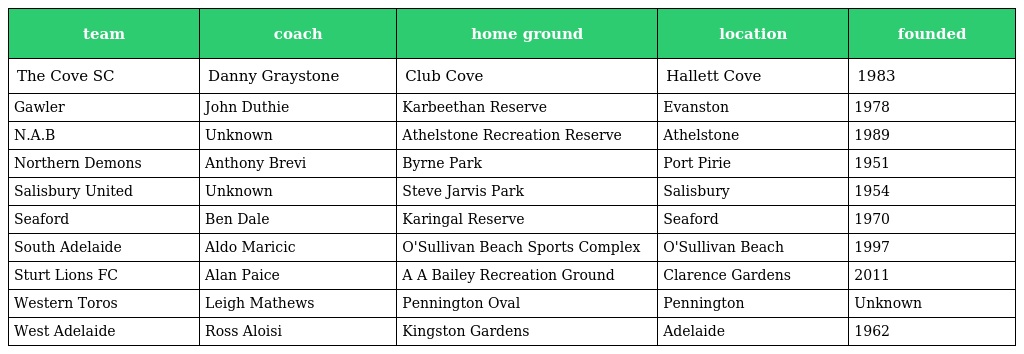
| team | coach | home ground | location | founded |
 | --- | --- | --- | --- | --- |
 | The Cove SC | Danny Graystone | Club Cove | Hallett Cove | 1983 |
 | Gawler | John Duthie | Karbeethan Reserve | Evanston | 1978 |
 | N.A.B | Unknown | Athelstone Recreation Reserve | Athelstone | 1989 |
 | Northern Demons | Anthony Brevi | Byrne Park | Port Pirie | 1951 |
 | Salisbury United | Unknown | Steve Jarvis Park | Salisbury | 1954 |
 | Seaford | Ben Dale | Karingal Reserve | Seaford | 1970 |
 | South Adelaide | Aldo Maricic | O'Sullivan Beach Sports Complex | O'Sullivan Beach | 1997 |
 | Sturt Lions FC | Alan Paice | A A Bailey Recreation Ground | Clarence Gardens | 2011 |
 | Western Toros | Leigh Mathews | Pennington Oval | Pennington | Unknown |
 | West Adelaide | Ross Aloisi | Kingston Gardens | Adelaide | 1962 |